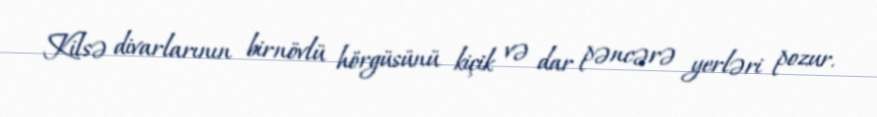
Kilsə divarlarının birnövlü hörgüsünü kiçik və dar pəncərə yerləri pozur.